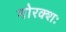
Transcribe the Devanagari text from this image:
गोरक्शः